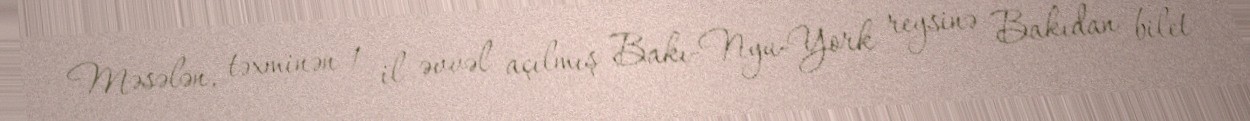
Məsələn, təxminən 1 il əvvəl açılmış Bakı-Nyu-York reysinə Bakıdan bilet